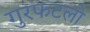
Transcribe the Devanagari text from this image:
गुरफटलो